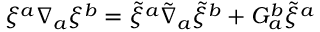
{ \xi } ^ { a } { \nabla } _ { a } { \xi } ^ { b } = \tilde { \xi } ^ { a } \tilde { \nabla } _ { a } \tilde { \xi } ^ { b } + G _ { a } ^ { b } \tilde { \xi } ^ { a }